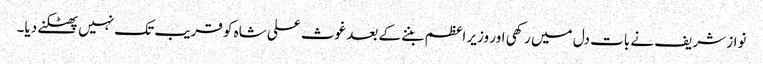
نواز شریف نے بات دل میں رکھی اور وزیر اعظم بننے کے بعد غوث علی شاہ کو قریب تک نہیں پھٹکنے دیا۔